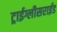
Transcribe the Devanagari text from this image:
ट्राईग्लीसराईड